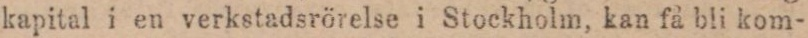
kapital i en verkstadsrörelse i Stockholm, kan få bli kom-